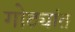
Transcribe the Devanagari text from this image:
गोठ्यांत